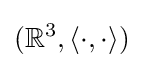
(\mathbb {R} ^{3},\langle \cdot ,\cdot \rangle )